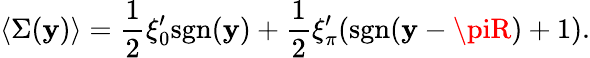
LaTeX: \langle\Sigma(\mathbf{y})\rangle={\frac{{1}}{{2}}}\xi_{0}^{\prime}\mathrm{{sgn}}(\mathbf{y})+{\frac{{1}}{{2}}}\xi_{\pi}^{\prime}(\mathrm{{sgn}}(\mathbf{y}-\piR)+1).